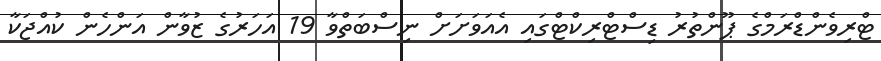
ޓްރިވެންޑްރަމްގެ ޕޫންތުރު ޑިސްޓްރިކްޓްގައި އެއަވަށަށް ނިސްބަތްވާ 19 އަހަރުގެ ޒުވާން އަންހެން ކުއްޖަކާ